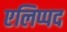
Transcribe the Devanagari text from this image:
एलिप्पद